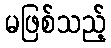
မဖြစ်သည့်